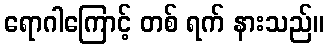
ရောဂါကြောင့် တစ် ရက် နားသည်။